Annual report on the mental hospital in the Central Provinces and Berar (Nagpur) - 1927-1951
Year: 1927
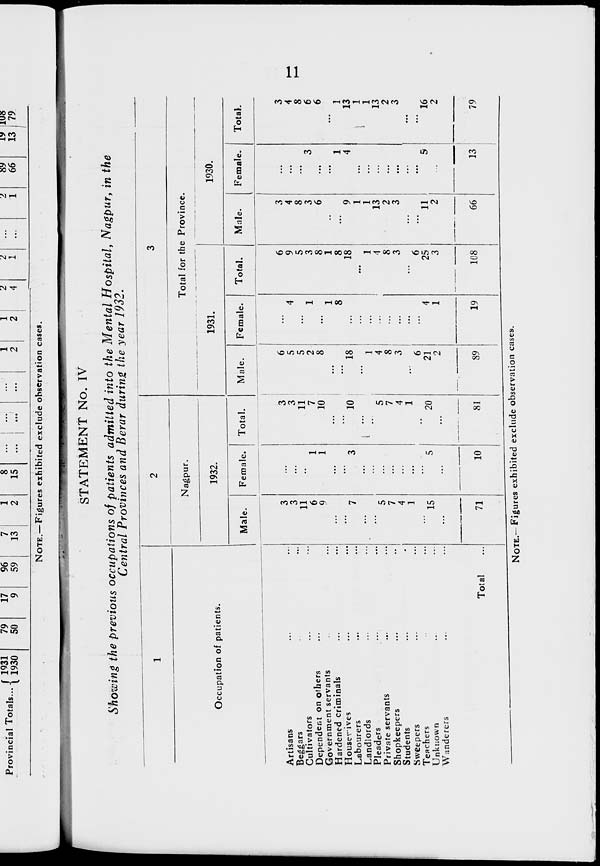
11
STATEMENT No. IV
Showing the previous occupations of patients admitted into the Mental Hospital, Nagpur, in the
Central Provinces and Berar during the year 1932.
1
Occupation of patients.
Artisans ... ...
Beggars ... ...
Cultivators ... ...
Dependent on others ... ...
Government servants ... ...
Hardened criminals ... ...
Housewives ... ...
Labourers ... ...
Landlords ... ...
Pleaders ... ...
Private servants ... ...
Shopkeepers ... ...
Students ... ...
Sweepers ... ...
Teachers ... ...
Unknown ... ...
Wanderers ... ...
Total ...
2
Nagpur.
1932.
Male.
3
3
11
6
9
...
...
7
...
...
5
7
4
1
...
15
...
71
Female.
...
...
...
1
1
...
...
3
...
...
...
...
...
...
...
5
...
10
Total.
3
3
11
7
10
...
...
10
...
...
5
7
4
1
...
20
...
81
3
Total for the Province.
1931.
Male.
6
5
5
2
8
...
...
18
...
1
4
8
3
...
6
21
2
89
Female.
...
4
...
1
...
1
8
...
...
...
...
...
...
...
...
4
1
19
Total.
6
9
5
3
8
1
8
18
...
1
4
8
3
...
6
25
3
108
1930.
Male.
3
4
8
3
6
...
...
9
1
1
13
2
3
...
...
11
2
66
Female.
...
...
...
3
...
...
1
4
...
...
...
...
...
...
...
5
...
13
Total.
3
4
8
6
6
...
1
13
1
1
13
2
3
...
...
16
2
79
NOTE.—Figures exhibited exclude observation cases.